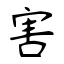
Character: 害